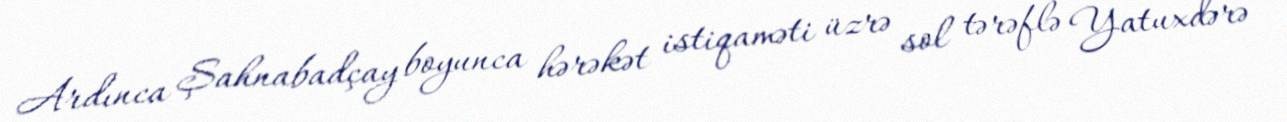
Ardınca Şahnabadçay boyunca hərəkət istiqaməti üzrə sol tərəflə Yatuxdərə